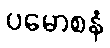
ပမောစနံ